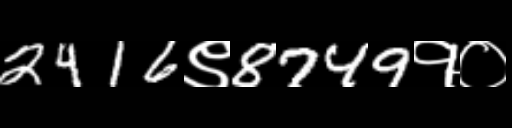
Text: 2416९8749१०